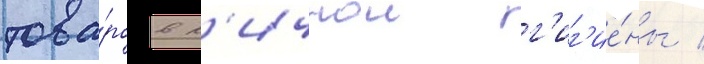
това́ров л'ичнои г'иг'ие́ны /